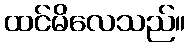
ထင်မိလေသည်။